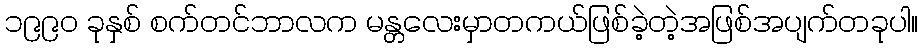
၁၉၉၀ ခုနှစ် စက်တင်ဘာလက မန္တလေးမှာတကယ်ဖြစ်ခဲ့တဲ့အဖြစ်အပျက်တခုပါ။